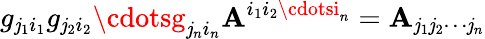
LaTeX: g_{\mathit{j}_{1}i_{1}}g_{\mathit{j}_{2}i_{2}}\cdotsg_{\mathit{j}_{n}i_{n}}\mathbf{A}^{i_{1}i_{2}\cdotsi_{n}}=\mathbf{A}_{\mathit{j}_{1}\mathit{j}_{2}\cdots\mathit{j}_{n}}